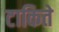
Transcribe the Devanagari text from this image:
टाकिते